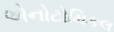
એનોટોમિકલ